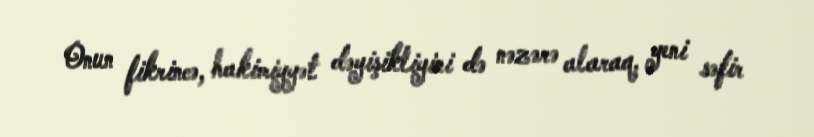
Onun fikrincə, hakimiyyət dəyişikliyini də nəzərə alaraq, yeni səfir